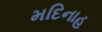
મદિનાહ